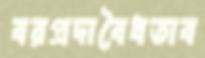
বরপ্রদাবৈধতাব